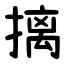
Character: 摛